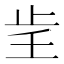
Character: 𰙞